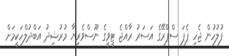
ފުލުހުން ޖެހި ޕެޕަ ސްޕްރޭގެ އަސަރު ރާއްޖެ ޓީވީގެ ނޫސްވެރިޔާ މުރުޝިދު އަބްދުލްހަކީމަށް